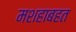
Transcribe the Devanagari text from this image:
मशहाबहत